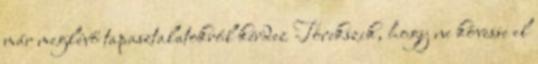
már meglévő tapasztalatokról kérdez Törekszik, hogy ne kövesse el